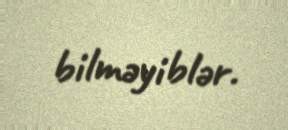
bilməyiblər.